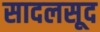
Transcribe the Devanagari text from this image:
सादलसूद